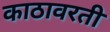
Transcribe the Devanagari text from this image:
काठावरती